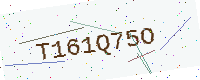
Text: T161Q75O